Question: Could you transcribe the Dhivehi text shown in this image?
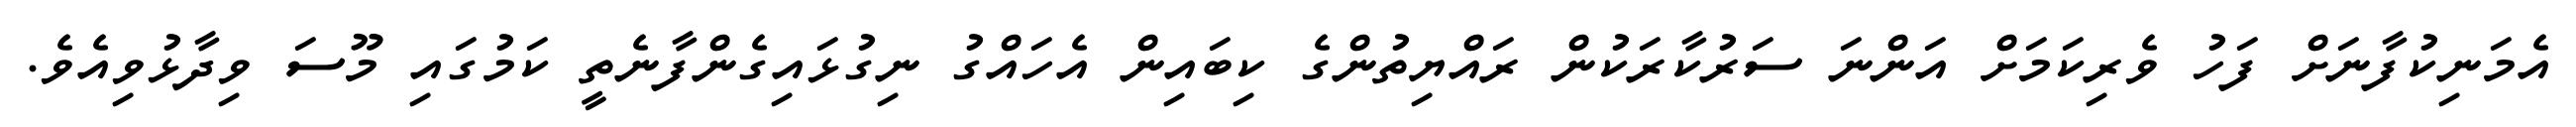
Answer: އެމަނިކުފާނަށް ފަހު ވެރިކަމަށް އަންނަ ސަރުކާރަކުން ރައްޔިތުންގެ ކިބައިން އެހައްގު ނިގުޅައިގެންފާނެތީ ކަމުގައި މޫސަ ވިދާޅުވިއެވެ.